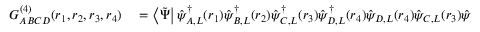
\begin{array} { r l } { G _ { A B C D } ^ { ( 4 ) } ( \boldsymbol { r } _ { 1 } , \boldsymbol { r } _ { 2 } , \boldsymbol { r } _ { 3 } , \boldsymbol { r } _ { 4 } ) } & { { } = \left\langle \tilde { \Psi } \right| \hat { \psi } _ { A , L } ^ { \dagger } ( \boldsymbol { r } _ { 1 } ) \hat { \psi } _ { B , L } ^ { \dagger } ( \boldsymbol { r } _ { 2 } ) \hat { \psi } _ { C , L } ^ { \dagger } ( \boldsymbol { r } _ { 3 } ) \hat { \psi } _ { D , L } ^ { \dagger } ( \boldsymbol { r } _ { 4 } ) \hat { \psi } _ { D , L } ( \boldsymbol { r } _ { 4 } ) \hat { \psi } _ { C , L } ( \boldsymbol { r } _ { 3 } ) \hat { \psi } _ { B , L } ( \boldsymbol { r } _ { 2 } ) \hat { \psi } _ { A , L } ( \boldsymbol { r } _ { 1 } ) \left| \tilde { \Psi } \right\rangle , } \end{array}